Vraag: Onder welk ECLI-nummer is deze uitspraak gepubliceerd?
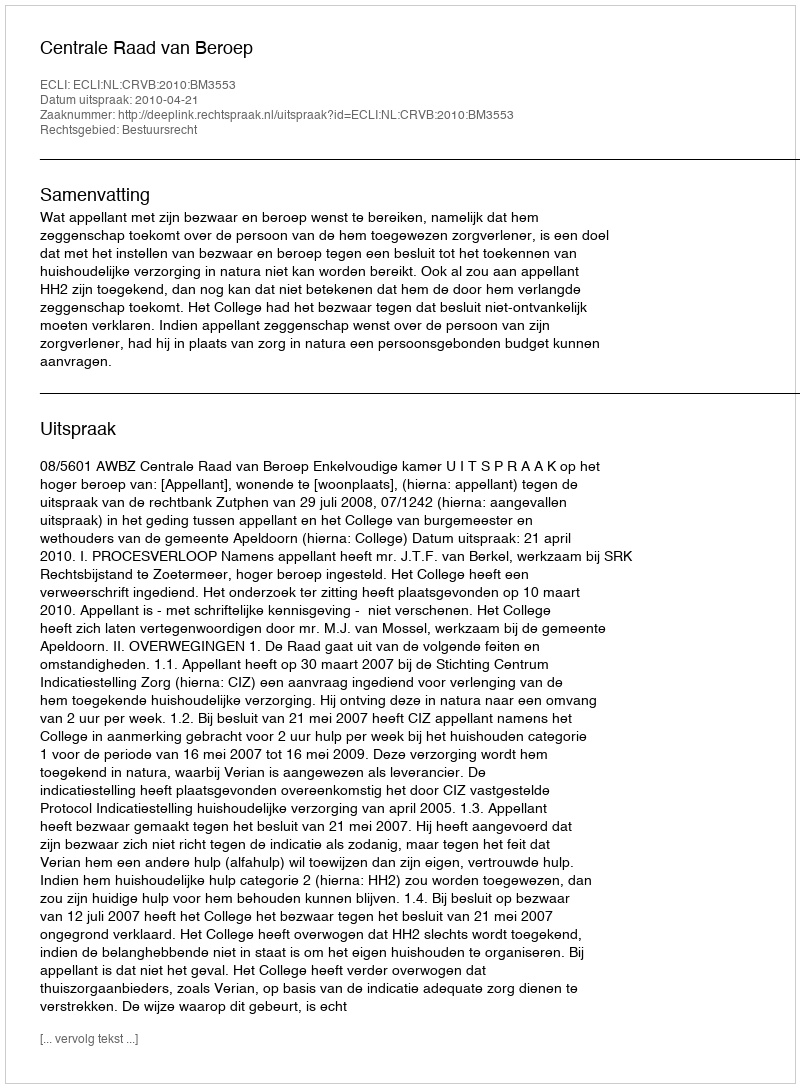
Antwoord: ECLI:NL:CRVB:2010:BM3553